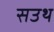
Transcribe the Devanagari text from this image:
सउथ